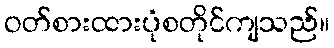
ဝတ်စားထားပုံစတိုင်ကျသည်။